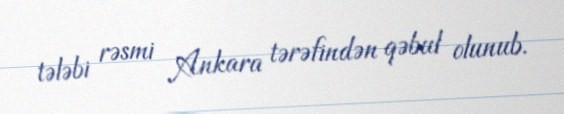
tələbi rəsmi Ankara tərəfindən qəbul olunub.